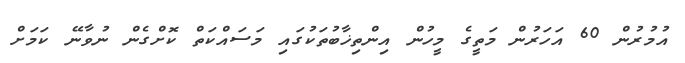
އުމުރުން 60 އަހަރުން މަތީގެ މީހުން އިންތިޚާބުތަކުގައި މަސައްކަތް ކޮށްގެން ނުވާނޭ ކަމަށް